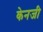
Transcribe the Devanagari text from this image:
केनजी